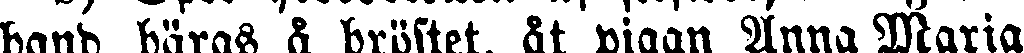
band bäras å bröstet, åt pigan Anna Maria